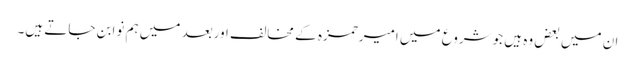
ان میں بعض وہ ہیں جوشروع میں امیرحمزہ کے مخالف اوربعد میں ہم نوابن جاتے ہیں۔